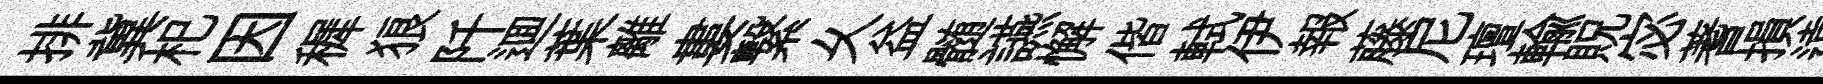
排冀𣏌因穉狼阡逥葉離婁繋乆益髄讌懈偕軾伊報藤尼璮輸貺宓蓍損遠